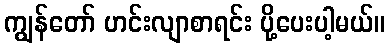
ကျွန်တော် ဟင်းလျာစာရင်း ပို့ပေးပါ့မယ်။